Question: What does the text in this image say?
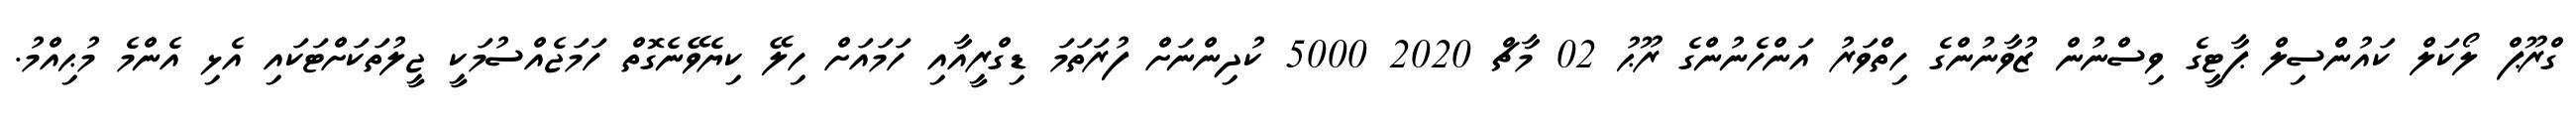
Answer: ގްރޫޕް ލޯކަލް ކައުންސިލް ޕާޓީގެ ވިސްނުން ޒުވާނުންގެ ހިތްވަރު އަންހެނުންގެ ރޫޙު 02 މާޗް 2020 5000 ކުދިންނަށް ފުރަތަމަ ޑިގްރީއާއި ހަމައަށް ހިލޭ ކިޔެވޭނެގޮތް ހަމަޖެއްސުމަކީ ޖީލުތަކަށްޓަކައި އެޅި އެންމެ މުޙިއްމު.